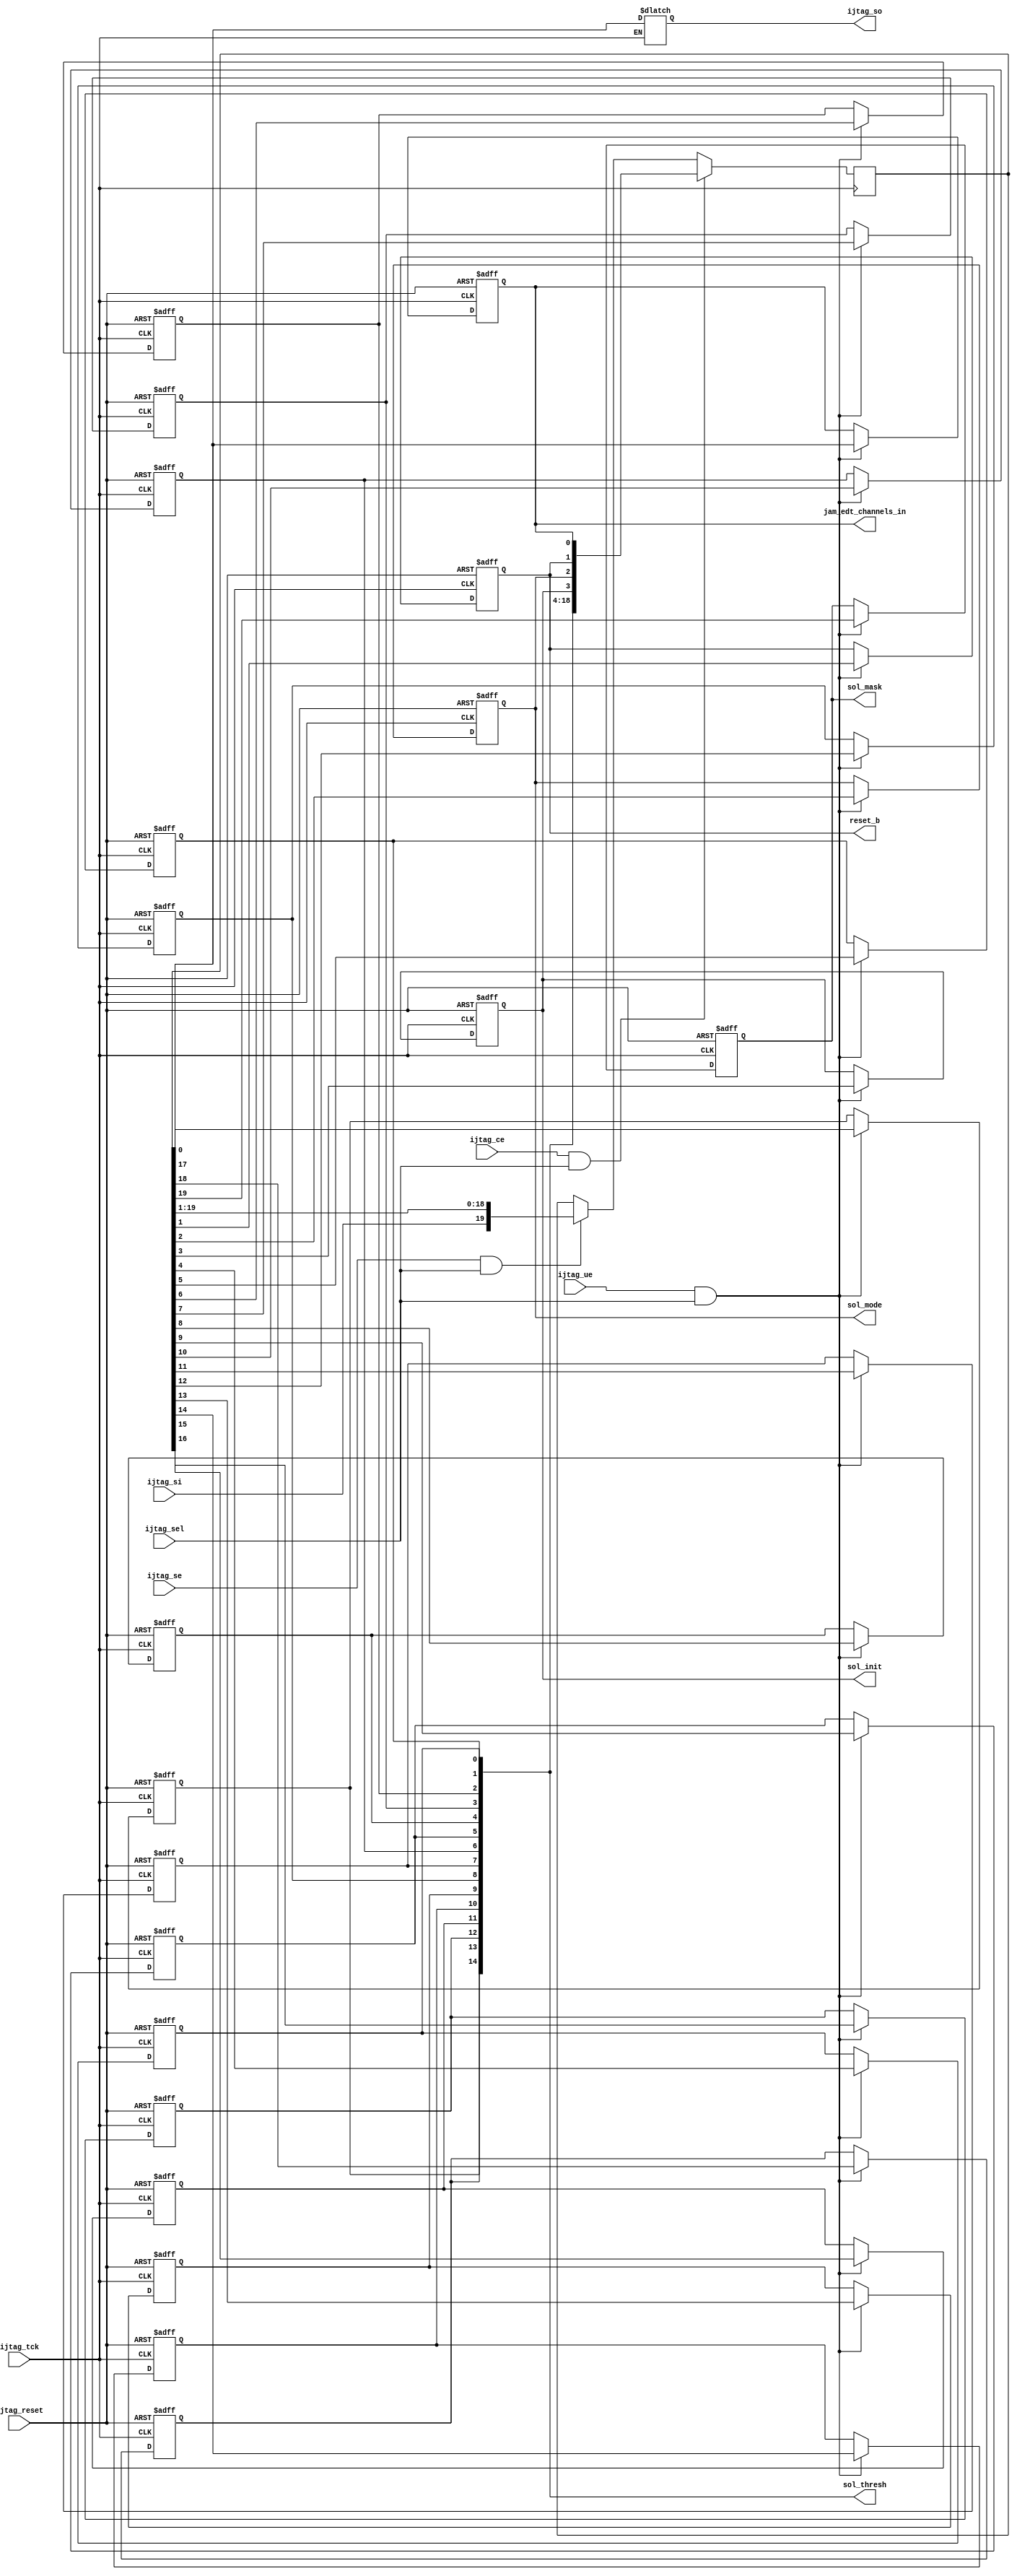
//--------------------------------------------------------------------------
//
//  Unpublished work. Copyright 2022 Siemens
//
//  This material contains trade secrets or otherwise confidential 
//  information owned by Siemens Industry Software Inc. or its affiliates 
//  (collectively, SISW), or its licensors. Access to and use of this 
//  information is strictly limited as set forth in the Customer's 
//  applicable agreements with SISW.
//
//--------------------------------------------------------------------------
//  File created by: Tessent Shell
//          Version: 2022.4
//--------------------------------------------------------------------------

module firebird7_in_gate2_tessent_tdr_extest_edt_scan_bi_sol_control (
  input wire ijtag_reset,
  input wire ijtag_sel,
  input wire ijtag_si,
  input wire ijtag_ce,
  input wire ijtag_se,
  input wire ijtag_ue,
  input wire ijtag_tck,
  output wire [0:0] sol_mask,
  output wire [14:0] sol_thresh,
  output wire sol_init,
  output wire sol_mode,
  output wire reset_b,
  output wire jam_edt_channels_in,
  output wire ijtag_so
);
reg    [19:0]       tdr;
reg                 retiming_so ;
reg                 sol_mask_0_latch;
reg                 sol_thresh_14_latch;
reg                 sol_thresh_13_latch;
reg                 sol_thresh_12_latch;
reg                 sol_thresh_11_latch;
reg                 sol_thresh_10_latch;
reg                 sol_thresh_9_latch;
reg                 sol_thresh_8_latch;
reg                 sol_thresh_7_latch;
reg                 sol_thresh_6_latch;
reg                 sol_thresh_5_latch;
reg                 sol_thresh_4_latch;
reg                 sol_thresh_3_latch;
reg                 sol_thresh_2_latch;
reg                 sol_thresh_1_latch;
reg                 sol_thresh_0_latch;
reg                 sol_init_latch;
reg                 sol_mode_latch;
reg                 reset_b_latch;
reg                 jam_edt_channels_in_latch;
 
 
assign sol_mask[0]                      = sol_mask_0_latch;
assign sol_thresh[14]                   = sol_thresh_14_latch;
assign sol_thresh[13]                   = sol_thresh_13_latch;
assign sol_thresh[12]                   = sol_thresh_12_latch;
assign sol_thresh[11]                   = sol_thresh_11_latch;
assign sol_thresh[10]                   = sol_thresh_10_latch;
assign sol_thresh[9]                    = sol_thresh_9_latch;
assign sol_thresh[8]                    = sol_thresh_8_latch;
assign sol_thresh[7]                    = sol_thresh_7_latch;
assign sol_thresh[6]                    = sol_thresh_6_latch;
assign sol_thresh[5]                    = sol_thresh_5_latch;
assign sol_thresh[4]                    = sol_thresh_4_latch;
assign sol_thresh[3]                    = sol_thresh_3_latch;
assign sol_thresh[2]                    = sol_thresh_2_latch;
assign sol_thresh[1]                    = sol_thresh_1_latch;
assign sol_thresh[0]                    = sol_thresh_0_latch;
assign sol_init                         = sol_init_latch;
assign sol_mode                         = sol_mode_latch;
assign reset_b                          = reset_b_latch;
assign jam_edt_channels_in              = jam_edt_channels_in_latch;
 
// --------- ShiftRegister ---------
 
always @ (posedge ijtag_tck) begin
  if (ijtag_ce & ijtag_sel) begin
    tdr <= { sol_mask_0_latch,
             sol_thresh_14_latch,
             sol_thresh_13_latch,
             sol_thresh_12_latch,
             sol_thresh_11_latch,
             sol_thresh_10_latch,
             sol_thresh_9_latch,
             sol_thresh_8_latch,
             sol_thresh_7_latch,
             sol_thresh_6_latch,
             sol_thresh_5_latch,
             sol_thresh_4_latch,
             sol_thresh_3_latch,
             sol_thresh_2_latch,
             sol_thresh_1_latch,
             sol_thresh_0_latch,
             sol_init_latch,
             sol_mode_latch,
             reset_b_latch,
             jam_edt_channels_in_latch};
  end else if (ijtag_se & ijtag_sel) begin
    tdr <= {ijtag_si,tdr[19:1]};
  end
end
 
assign ijtag_so = retiming_so;
always @ (ijtag_tck or tdr[0]) begin
  if (~ijtag_tck) begin
    retiming_so <= tdr[0];
  end
end
 
// --------- DataOutPort 19 ---------
always @ (negedge ijtag_tck or negedge ijtag_reset) begin
  if (~ijtag_reset) begin
    sol_mask_0_latch <= 1'b0;
  end else begin
    if (ijtag_ue & ijtag_sel) begin
      sol_mask_0_latch <= tdr[19];
    end
  end
end
 
// --------- DataOutPort 18 ---------
always @ (negedge ijtag_tck or negedge ijtag_reset) begin
  if (~ijtag_reset) begin
    sol_thresh_14_latch <= 1'b0;
  end else begin
    if (ijtag_ue & ijtag_sel) begin
      sol_thresh_14_latch <= tdr[18];
    end
  end
end
 
// --------- DataOutPort 17 ---------
always @ (negedge ijtag_tck or negedge ijtag_reset) begin
  if (~ijtag_reset) begin
    sol_thresh_13_latch <= 1'b0;
  end else begin
    if (ijtag_ue & ijtag_sel) begin
      sol_thresh_13_latch <= tdr[17];
    end
  end
end
 
// --------- DataOutPort 16 ---------
always @ (negedge ijtag_tck or negedge ijtag_reset) begin
  if (~ijtag_reset) begin
    sol_thresh_12_latch <= 1'b0;
  end else begin
    if (ijtag_ue & ijtag_sel) begin
      sol_thresh_12_latch <= tdr[16];
    end
  end
end
 
// --------- DataOutPort 15 ---------
always @ (negedge ijtag_tck or negedge ijtag_reset) begin
  if (~ijtag_reset) begin
    sol_thresh_11_latch <= 1'b0;
  end else begin
    if (ijtag_ue & ijtag_sel) begin
      sol_thresh_11_latch <= tdr[15];
    end
  end
end
 
// --------- DataOutPort 14 ---------
always @ (negedge ijtag_tck or negedge ijtag_reset) begin
  if (~ijtag_reset) begin
    sol_thresh_10_latch <= 1'b0;
  end else begin
    if (ijtag_ue & ijtag_sel) begin
      sol_thresh_10_latch <= tdr[14];
    end
  end
end
 
// --------- DataOutPort 13 ---------
always @ (negedge ijtag_tck or negedge ijtag_reset) begin
  if (~ijtag_reset) begin
    sol_thresh_9_latch <= 1'b0;
  end else begin
    if (ijtag_ue & ijtag_sel) begin
      sol_thresh_9_latch <= tdr[13];
    end
  end
end
 
// --------- DataOutPort 12 ---------
always @ (negedge ijtag_tck or negedge ijtag_reset) begin
  if (~ijtag_reset) begin
    sol_thresh_8_latch <= 1'b0;
  end else begin
    if (ijtag_ue & ijtag_sel) begin
      sol_thresh_8_latch <= tdr[12];
    end
  end
end
 
// --------- DataOutPort 11 ---------
always @ (negedge ijtag_tck or negedge ijtag_reset) begin
  if (~ijtag_reset) begin
    sol_thresh_7_latch <= 1'b0;
  end else begin
    if (ijtag_ue & ijtag_sel) begin
      sol_thresh_7_latch <= tdr[11];
    end
  end
end
 
// --------- DataOutPort 10 ---------
always @ (negedge ijtag_tck or negedge ijtag_reset) begin
  if (~ijtag_reset) begin
    sol_thresh_6_latch <= 1'b0;
  end else begin
    if (ijtag_ue & ijtag_sel) begin
      sol_thresh_6_latch <= tdr[10];
    end
  end
end
 
// --------- DataOutPort 9 ---------
always @ (negedge ijtag_tck or negedge ijtag_reset) begin
  if (~ijtag_reset) begin
    sol_thresh_5_latch <= 1'b0;
  end else begin
    if (ijtag_ue & ijtag_sel) begin
      sol_thresh_5_latch <= tdr[9];
    end
  end
end
 
// --------- DataOutPort 8 ---------
always @ (negedge ijtag_tck or negedge ijtag_reset) begin
  if (~ijtag_reset) begin
    sol_thresh_4_latch <= 1'b0;
  end else begin
    if (ijtag_ue & ijtag_sel) begin
      sol_thresh_4_latch <= tdr[8];
    end
  end
end
 
// --------- DataOutPort 7 ---------
always @ (negedge ijtag_tck or negedge ijtag_reset) begin
  if (~ijtag_reset) begin
    sol_thresh_3_latch <= 1'b0;
  end else begin
    if (ijtag_ue & ijtag_sel) begin
      sol_thresh_3_latch <= tdr[7];
    end
  end
end
 
// --------- DataOutPort 6 ---------
always @ (negedge ijtag_tck or negedge ijtag_reset) begin
  if (~ijtag_reset) begin
    sol_thresh_2_latch <= 1'b0;
  end else begin
    if (ijtag_ue & ijtag_sel) begin
      sol_thresh_2_latch <= tdr[6];
    end
  end
end
 
// --------- DataOutPort 5 ---------
always @ (negedge ijtag_tck or negedge ijtag_reset) begin
  if (~ijtag_reset) begin
    sol_thresh_1_latch <= 1'b0;
  end else begin
    if (ijtag_ue & ijtag_sel) begin
      sol_thresh_1_latch <= tdr[5];
    end
  end
end
 
// --------- DataOutPort 4 ---------
always @ (negedge ijtag_tck or negedge ijtag_reset) begin
  if (~ijtag_reset) begin
    sol_thresh_0_latch <= 1'b0;
  end else begin
    if (ijtag_ue & ijtag_sel) begin
      sol_thresh_0_latch <= tdr[4];
    end
  end
end
 
// --------- DataOutPort 3 ---------
always @ (negedge ijtag_tck or negedge ijtag_reset) begin
  if (~ijtag_reset) begin
    sol_init_latch <= 1'b0;
  end else begin
    if (ijtag_ue & ijtag_sel) begin
      sol_init_latch <= tdr[3];
    end
  end
end
 
// --------- DataOutPort 2 ---------
always @ (negedge ijtag_tck or negedge ijtag_reset) begin
  if (~ijtag_reset) begin
    sol_mode_latch <= 1'b0;
  end else begin
    if (ijtag_ue & ijtag_sel) begin
      sol_mode_latch <= tdr[2];
    end
  end
end
 
// --------- DataOutPort 1 ---------
always @ (negedge ijtag_tck or negedge ijtag_reset) begin
  if (~ijtag_reset) begin
    reset_b_latch <= 1'b0;
  end else begin
    if (ijtag_ue & ijtag_sel) begin
      reset_b_latch <= tdr[1];
    end
  end
end
 
// --------- DataOutPort 0 ---------
always @ (negedge ijtag_tck or negedge ijtag_reset) begin
  if (~ijtag_reset) begin
    jam_edt_channels_in_latch <= 1'b0;
  end else begin
    if (ijtag_ue & ijtag_sel) begin
      jam_edt_channels_in_latch <= tdr[0];
    end
  end
end
 
endmodule